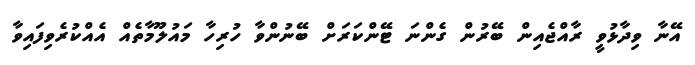
އޭނާ ވިދާޅުވީ ރާއްޖެއިން ބޭރުން ގެންނަ ޓޭންކަރަށް ބޭނުންވާ ހުރިހާ މައުލޫމާތެއް އެއްކުރެވިފައިވާ